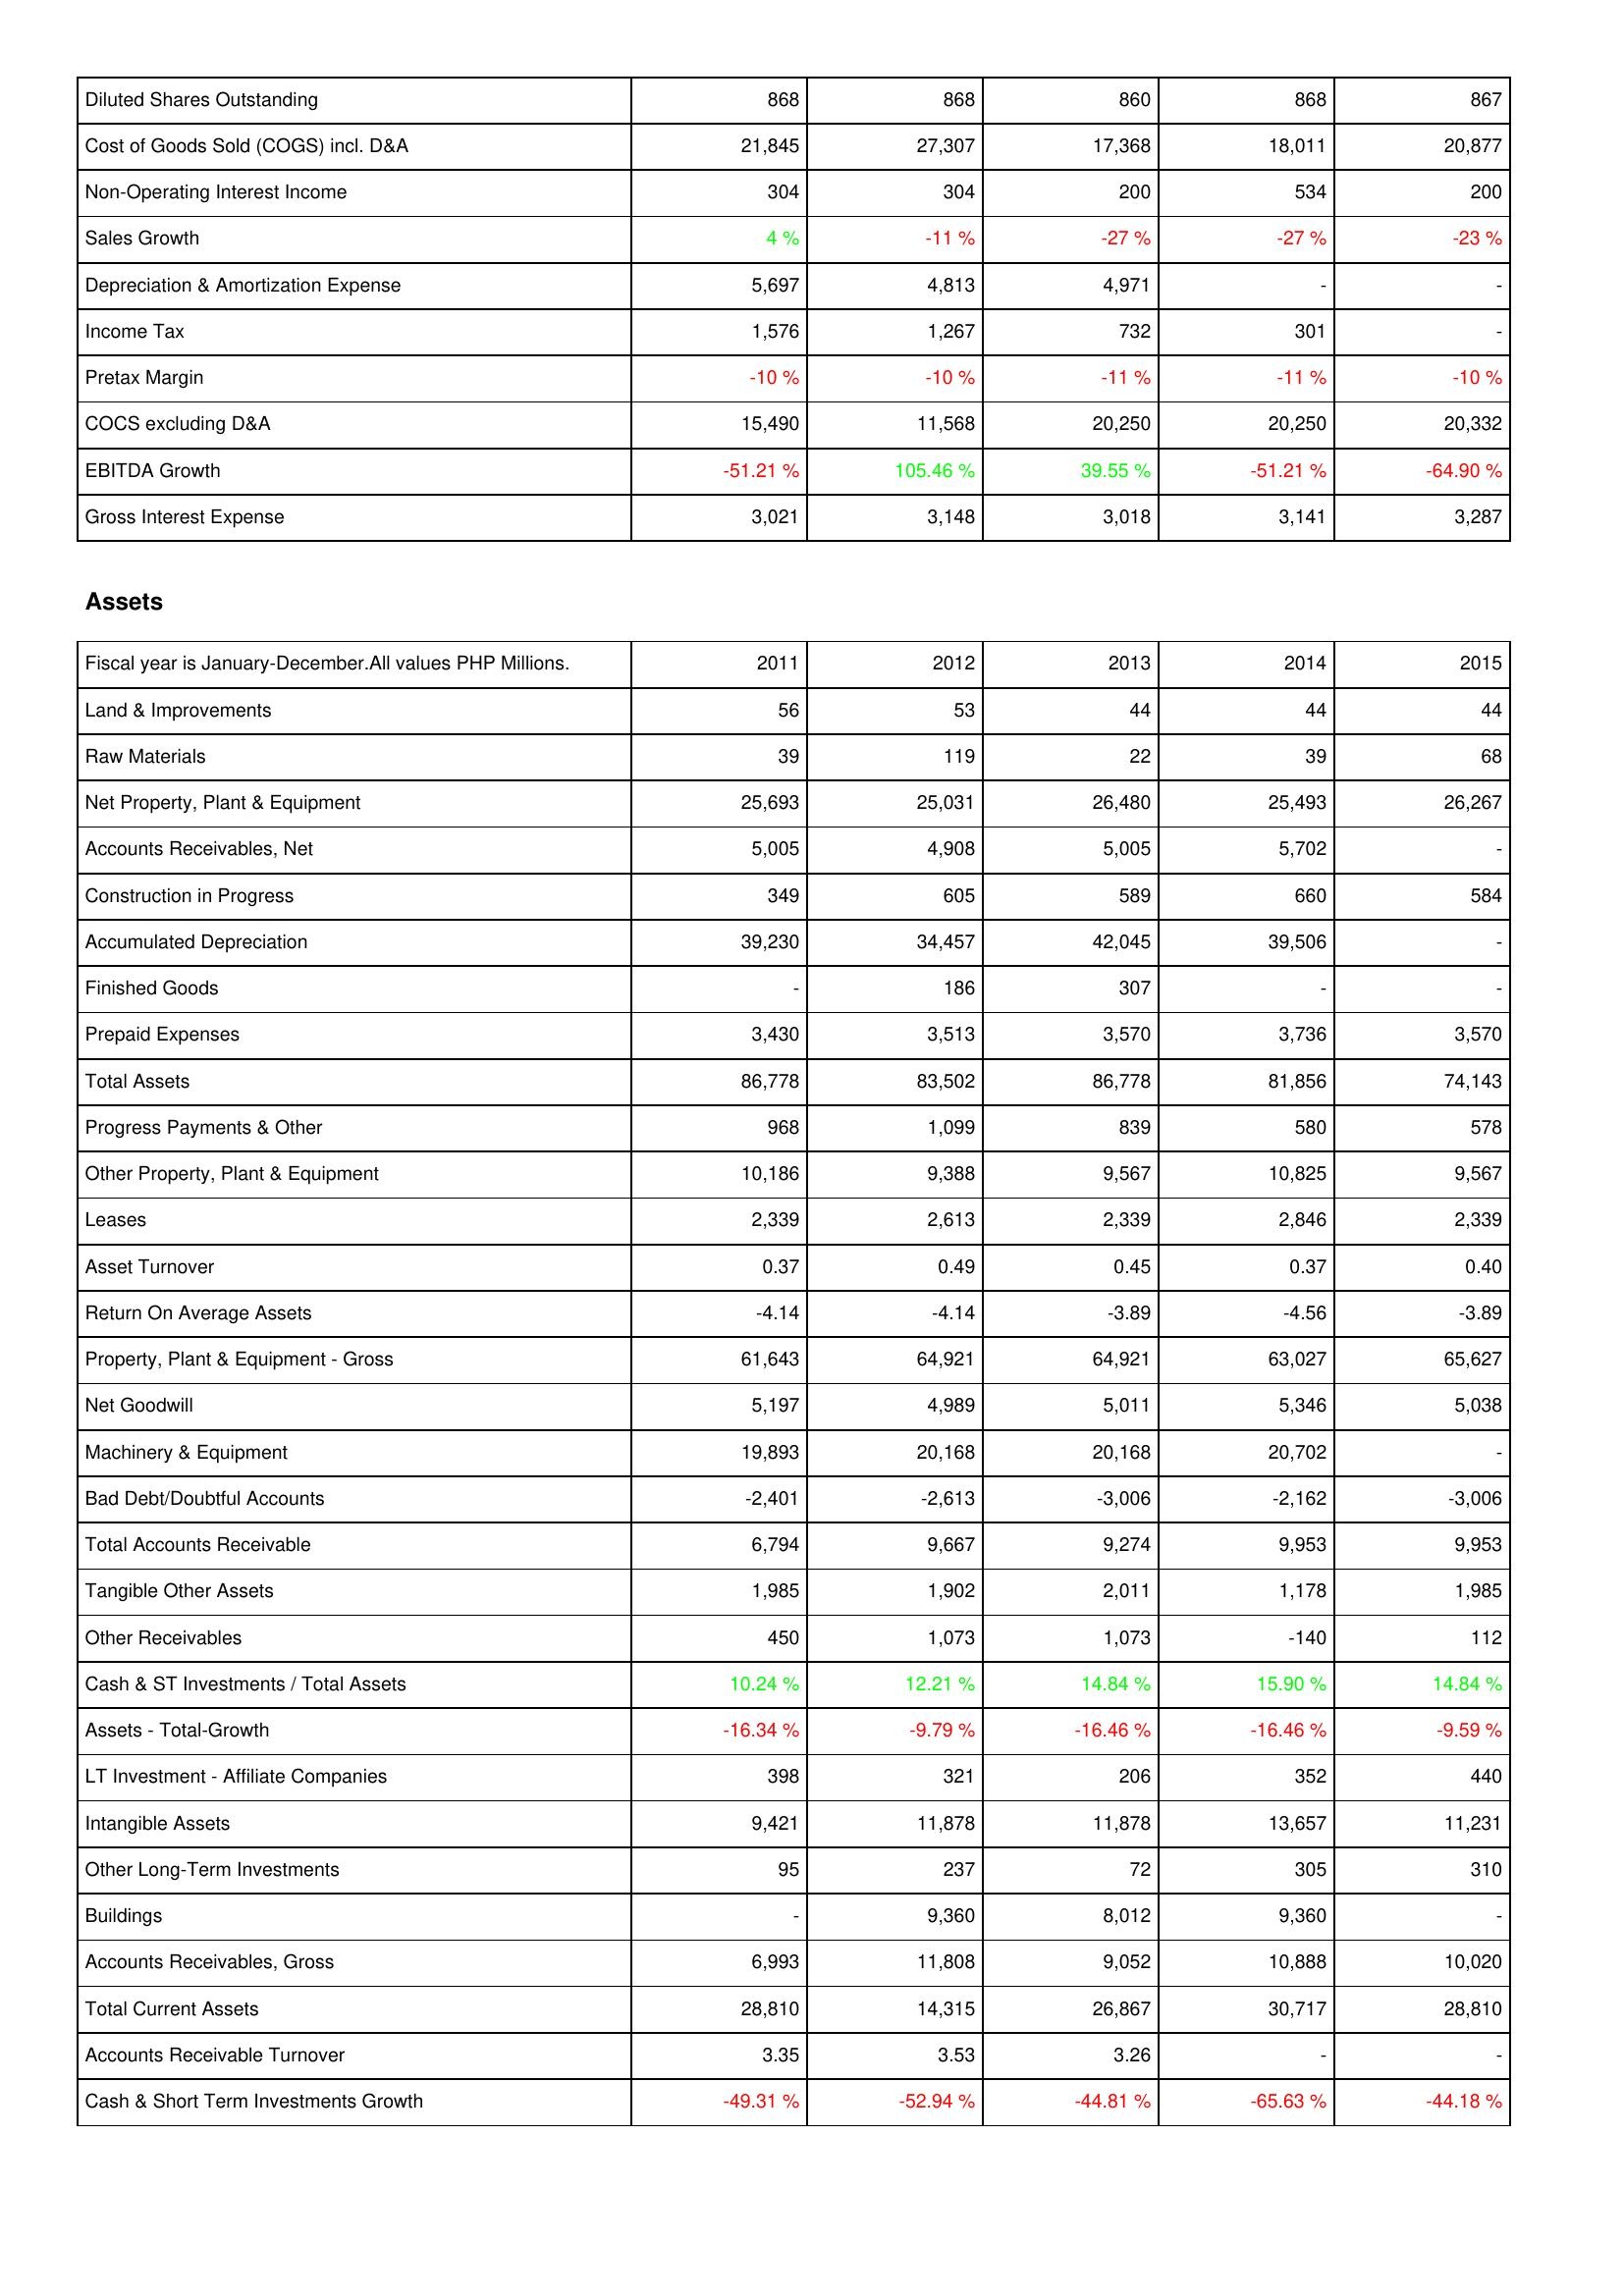
2011: Income Statement: Diluted Shares Outstanding: 868
Cost of Goods Sold (COGS) incl. D&A: 21,845
Non-Operating Interest Income: 304
Sales Growth: 4 %
Depreciation & Amortization Expense: 5,697
Income Tax: 1,576
Pretax Margin: -10 %
COCS excluding D&A: 15,490
EBITDA Growth: -51.21 %
Gross Interest Expense: 3,021
Assets: Land & Improvements: 56
Raw Materials: 39
Net Property, Plant & Equipment: 25,693
Accounts Receivables, Net: 5,005
Construction in Progress: 349
Accumulated Depreciation: 39,230
Finished Goods: -
Prepaid Expenses: 3,430
Total Assets: 86,778
Progress Payments & Other: 968
Other Property, Plant & Equipment: 10,186
Leases: 2,339
Asset Turnover: 0.37
Return On Average Assets: -4.14
Property, Plant & Equipment - Gross: 61,643
Net Goodwill: 5,197
Machinery & Equipment: 19,893
Bad Debt/Doubtful Accounts: -2,401
Total Accounts Receivable: 6,794
Tangible Other Assets: 1,985
Other Receivables: 450
Cash & ST Investments / Total Assets: 10.24 %
Assets - Total-Growth: -16.34 %
LT Investment - Affiliate Companies: 398
Intangible Assets: 9,421
Other Long-Term Investments: 95
Buildings: -
Accounts Receivables, Gross: 6,993
Total Current Assets: 28,810
Accounts Receivable Turnover: 3.35
Cash & Short Term Investments Growth: -49.31 %
2012: Income Statement: Diluted Shares Outstanding: 868
Cost of Goods Sold (COGS) incl. D&A: 27,307
Non-Operating Interest Income: 304
Sales Growth: -11 %
Depreciation & Amortization Expense: 4,813
Income Tax: 1,267
Pretax Margin: -10 %
COCS excluding D&A: 11,568
EBITDA Growth: 105.46 %
Gross Interest Expense: 3,148
Assets: Land & Improvements: 53
Raw Materials: 119
Net Property, Plant & Equipment: 25,031
Accounts Receivables, Net: 4,908
Construction in Progress: 605
Accumulated Depreciation: 34,457
Finished Goods: 186
Prepaid Expenses: 3,513
Total Assets: 83,502
Progress Payments & Other: 1,099
Other Property, Plant & Equipment: 9,388
Leases: 2,613
Asset Turnover: 0.49
Return On Average Assets: -4.14
Property, Plant & Equipment - Gross: 64,921
Net Goodwill: 4,989
Machinery & Equipment: 20,168
Bad Debt/Doubtful Accounts: -2,613
Total Accounts Receivable: 9,667
Tangible Other Assets: 1,902
Other Receivables: 1,073
Cash & ST Investments / Total Assets: 12.21 %
Assets - Total-Growth: -9.79 %
LT Investment - Affiliate Companies: 321
Intangible Assets: 11,878
Other Long-Term Investments: 237
Buildings: 9,360
Accounts Receivables, Gross: 11,808
Total Current Assets: 14,315
Accounts Receivable Turnover: 3.53
Cash & Short Term Investments Growth: -52.94 %
2013: Income Statement: Diluted Shares Outstanding: 860
Cost of Goods Sold (COGS) incl. D&A: 17,368
Non-Operating Interest Income: 200
Sales Growth: -27 %
Depreciation & Amortization Expense: 4,971
Income Tax: 732
Pretax Margin: -11 %
COCS excluding D&A: 20,250
EBITDA Growth: 39.55 %
Gross Interest Expense: 3,018
Assets: Land & Improvements: 44
Raw Materials: 22
Net Property, Plant & Equipment: 26,480
Accounts Receivables, Net: 5,005
Construction in Progress: 589
Accumulated Depreciation: 42,045
Finished Goods: 307
Prepaid Expenses: 3,570
Total Assets: 86,778
Progress Payments & Other: 839
Other Property, Plant & Equipment: 9,567
Leases: 2,339
Asset Turnover: 0.45
Return On Average Assets: -3.89
Property, Plant & Equipment - Gross: 64,921
Net Goodwill: 5,011
Machinery & Equipment: 20,168
Bad Debt/Doubtful Accounts: -3,006
Total Accounts Receivable: 9,274
Tangible Other Assets: 2,011
Other Receivables: 1,073
Cash & ST Investments / Total Assets: 14.84 %
Assets - Total-Growth: -16.46 %
LT Investment - Affiliate Companies: 206
Intangible Assets: 11,878
Other Long-Term Investments: 72
Buildings: 8,012
Accounts Receivables, Gross: 9,052
Total Current Assets: 26,867
Accounts Receivable Turnover: 3.26
Cash & Short Term Investments Growth: -44.81 %
2014: Income Statement: Diluted Shares Outstanding: 868
Cost of Goods Sold (COGS) incl. D&A: 18,011
Non-Operating Interest Income: 534
Sales Growth: -27 %
Depreciation & Amortization Expense: -
Income Tax: 301
Pretax Margin: -11 %
COCS excluding D&A: 20,250
EBITDA Growth: -51.21 %
Gross Interest Expense: 3,141
Assets: Land & Improvements: 44
Raw Materials: 39
Net Property, Plant & Equipment: 25,493
Accounts Receivables, Net: 5,702
Construction in Progress: 660
Accumulated Depreciation: 39,506
Finished Goods: -
Prepaid Expenses: 3,736
Total Assets: 81,856
Progress Payments & Other: 580
Other Property, Plant & Equipment: 10,825
Leases: 2,846
Asset Turnover: 0.37
Return On Average Assets: -4.56
Property, Plant & Equipment - Gross: 63,027
Net Goodwill: 5,346
Machinery & Equipment: 20,702
Bad Debt/Doubtful Accounts: -2,162
Total Accounts Receivable: 9,953
Tangible Other Assets: 1,178
Other Receivables: -140
Cash & ST Investments / Total Assets: 15.90 %
Assets - Total-Growth: -16.46 %
LT Investment - Affiliate Companies: 352
Intangible Assets: 13,657
Other Long-Term Investments: 305
Buildings: 9,360
Accounts Receivables, Gross: 10,888
Total Current Assets: 30,717
Accounts Receivable Turnover: -
Cash & Short Term Investments Growth: -65.63 %
2015: Income Statement: Diluted Shares Outstanding: 867
Cost of Goods Sold (COGS) incl. D&A: 20,877
Non-Operating Interest Income: 200
Sales Growth: -23 %
Depreciation & Amortization Expense: -
Income Tax: -
Pretax Margin: -10 %
COCS excluding D&A: 20,332
EBITDA Growth: -64.90 %
Gross Interest Expense: 3,287
Assets: Land & Improvements: 44
Raw Materials: 68
Net Property, Plant & Equipment: 26,267
Accounts Receivables, Net: -
Construction in Progress: 584
Accumulated Depreciation: -
Finished Goods: -
Prepaid Expenses: 3,570
Total Assets: 74,143
Progress Payments & Other: 578
Other Property, Plant & Equipment: 9,567
Leases: 2,339
Asset Turnover: 0.40
Return On Average Assets: -3.89
Property, Plant & Equipment - Gross: 65,627
Net Goodwill: 5,038
Machinery & Equipment: -
Bad Debt/Doubtful Accounts: -3,006
Total Accounts Receivable: 9,953
Tangible Other Assets: 1,985
Other Receivables: 112
Cash & ST Investments / Total Assets: 14.84 %
Assets - Total-Growth: -9.59 %
LT Investment - Affiliate Companies: 440
Intangible Assets: 11,231
Other Long-Term Investments: 310
Buildings: -
Accounts Receivables, Gross: 10,020
Total Current Assets: 28,810
Accounts Receivable Turnover: -
Cash & Short Term Investments Growth: -44.18 %